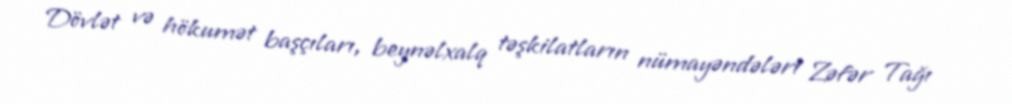
Dövlət və hökumət başçıları, beynəlxalq təşkilatların nümayəndələri Zəfər Tağı